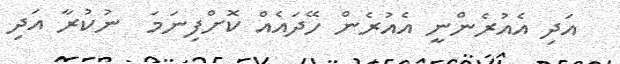
އަދި އެއުރެންނީ އެއުރެން ހޭދައެއް ކޮށްފިނަމަ  ނުކުރާ އަދި